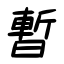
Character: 暫